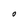
Character: O